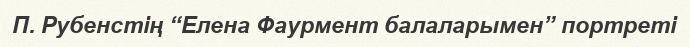
П. Рубенстің “Елена Фаурмент балаларымен” портреті